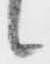
候